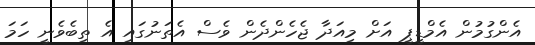
އެންގުމުން އެމްޑީޕީ އަށް މިއަދާ ޖެހެންދެން ވެސް އެތަނުގައި އެ ތިބެވެނީ ހަމަ